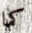
كما